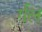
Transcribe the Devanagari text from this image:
र्गल